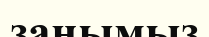
заңымыз